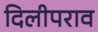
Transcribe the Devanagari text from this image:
दिलीपराव